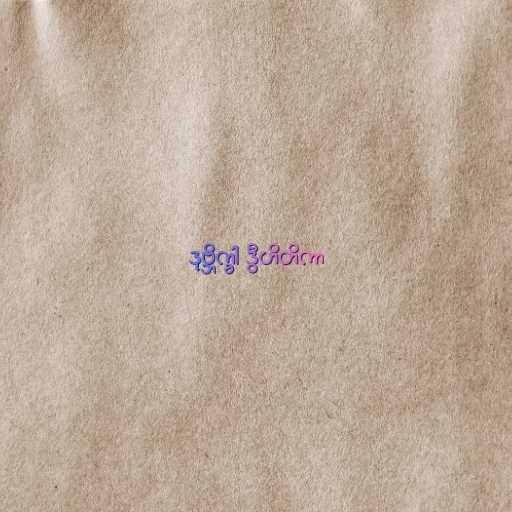
ဒုဗ္ဘိက္ခါ ဒွီဟိတိကာ